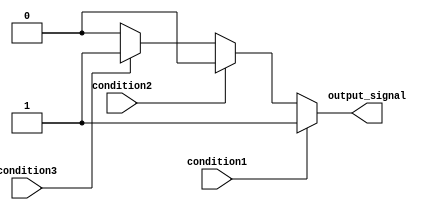
module if_else_ladder(
    input wire condition1,
    input wire condition2,
    input wire condition3,
    output reg output_signal
);

always @*
begin
    if(condition1)
        output_signal = 1;
    else if(condition2)
        output_signal = 2;
    else if(condition3)
        output_signal = 3;
    else
        output_signal = 0;
end

endmodule